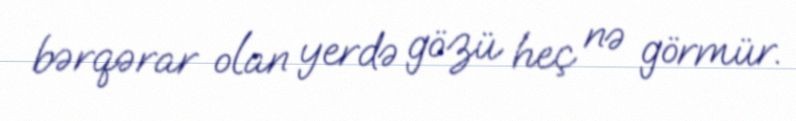
bərqərar olan yerdə gözü heç nə görmür.